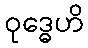
ဝုဒ္ဓေဟိ